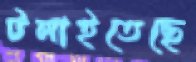
টলাইতেছে